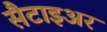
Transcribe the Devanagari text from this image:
सैटाइअर